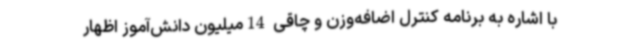
با اشاره به برنامه کنترل اضافه‌وزن و چاقی 14میلیون دانش‌آموز اظهار